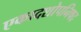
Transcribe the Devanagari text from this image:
एकादशोपनिषद